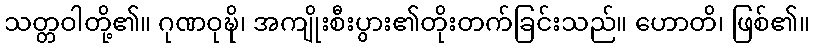
သတ္တဝါတို့၏။ ဂုဏဝုဍ္ဎိ၊ အကျိုးစီးပွား၏တိုးတက်ခြင်းသည်။ ဟောတိ၊ ဖြစ်၏။